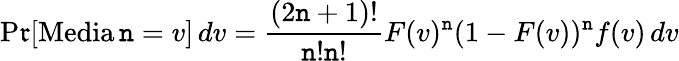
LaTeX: \operatorname*{P\mathfrak{r}}[\operatorname{Media\mathtt{n}}=v]\, dv={\frac{{(2\mathtt{n}+1)!}}{{\mathtt{n}!\mathtt{n}!}}}F(v)^{\mathtt{n}}(1-F(v))^{\mathtt{n}}f(v)\, dv